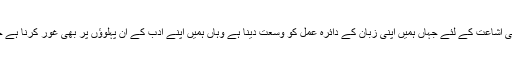
ترقی پسند اغراض و مقاصد کی اشاعت کے لئے جہاں ہمیں اپنی زبان کے دائرہ عمل کو وسعت دینا ہے وہاں ہمیں اپنے ادب کے ان پہلوؤں پر بھی غور کرنا ہے جن پر ابھی کوئی کام نہیں ہوا۔